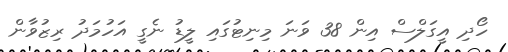
ހޯދި އީގަލްސް އިން 38 ވަނަ މިނިޓުގައި ލީޑު ނެގީ އަހުމަދު ރިޒުވާން